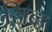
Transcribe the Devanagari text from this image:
सिब्ह